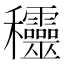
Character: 𥤞